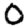
Digit: 0